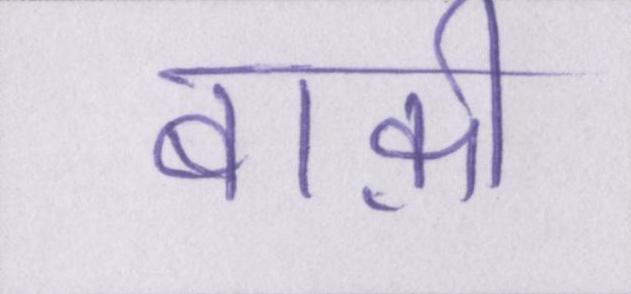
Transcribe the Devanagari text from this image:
बाक़ी